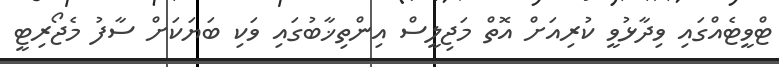
ޓްވީޓެއްގައި ވިދާޅުވީ ކުރިއަށް އޮތް މަޖިލީސް އިންތިޚާބުގައި ވަކި ބަޔަކަށް ސާފު މެޖޯރިޓީ